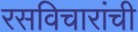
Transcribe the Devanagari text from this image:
रसविचारांची